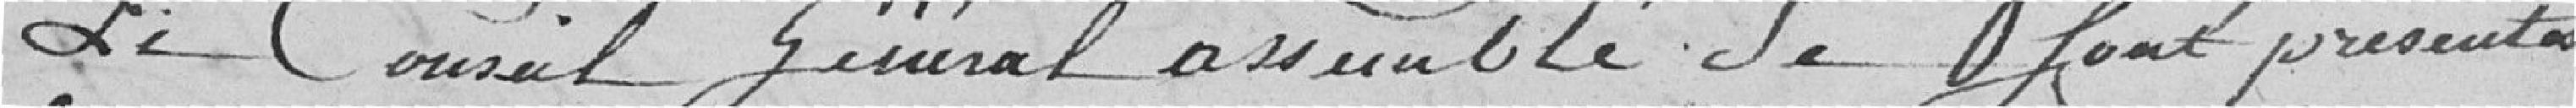
Le Conseil Général assemblée se sont présentés